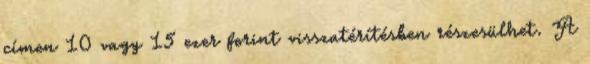
címen 10 vagy 15 ezer forint visszatérítésben részesülhet. A